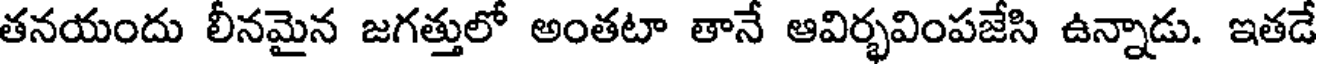
తనయందు లీనమైన జగత్తులో అంతటా తానే ఆవిర్భవింపజేసి ఉన్నాడు. ఇతడే